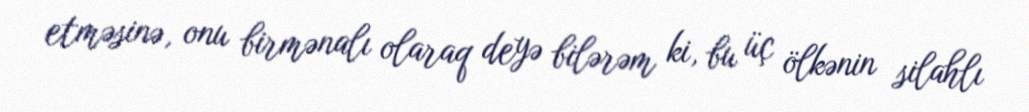
etməsinə, onu birmənalı olaraq deyə bilərəm ki, bu üç ölkənin silahlı